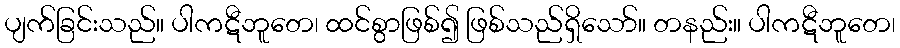
ပျက်ခြင်းသည်။ ပါကဋီဘူတေ၊ ထင်စွာဖြစ်၍ ဖြစ်သည်ရှိသော်။ တနည်း။ ပါကဋီဘူတေ၊